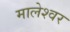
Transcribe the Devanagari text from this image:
मालेश्वर